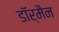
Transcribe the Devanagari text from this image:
डॉर्मैन